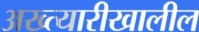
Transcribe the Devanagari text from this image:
अख्त्यारीखालील